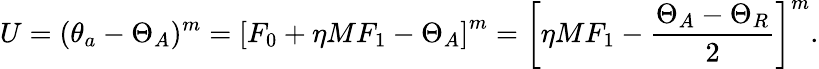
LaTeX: U=(\theta_{a}-\Theta_{A})^{m}=\left[F_{0}+\eta MF_{1}-\Theta_{A}\right]^{m}=\left[\eta MF_{1}-\frac{\Theta_{A}-\Theta_{R}}{2}\right]^{m}.